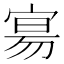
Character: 𫳞